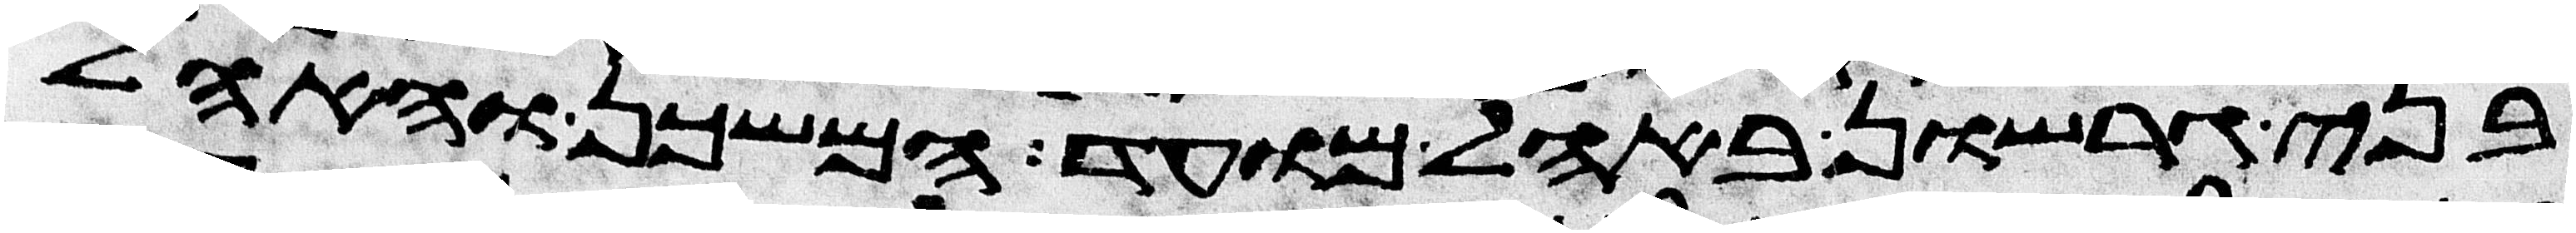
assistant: בני גרשון באהל מועד המשכן והאהל